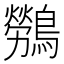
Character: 𮭖